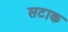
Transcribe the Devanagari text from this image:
सटाक